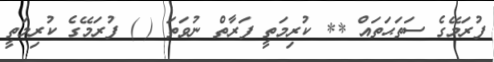
ފުރަމޭގެ ސަތަޙަތައް ** ކުރިމަތީ ފަރާތް ނުވަތަ ( ) ފުރަމޭގެ ކުރިމަތީ